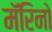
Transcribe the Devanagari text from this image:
मॅरिनो